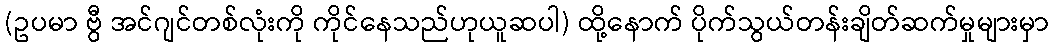
(ဥပမာ ဗွီ အင်ဂျင်တစ်လုံးကို ကိုင်နေသည်ဟုယူဆပါ) ထို့နောက် ပိုက်သွယ်တန်းချိတ်ဆက်မှုများမှာ